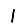
Digit: 1